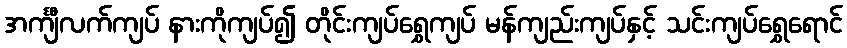
အင်္ကျီလက်ကျပ် နားကိုကျပ်၍ တိုင်းကျပ်ရွှေကျပ် မန်ကျည်းကျပ်နှင့် သင်းကျပ်ရွှေရောင်